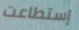
إستطاعت